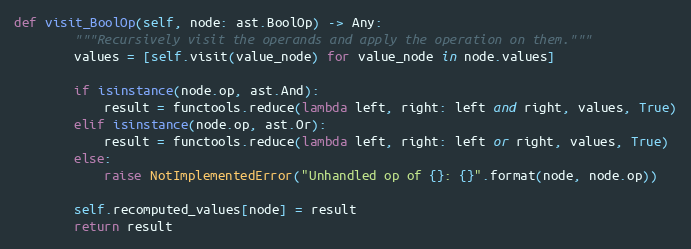
Language: Python
def visit_BoolOp(self, node: ast.BoolOp) -> Any:
        """Recursively visit the operands and apply the operation on them."""
        values = [self.visit(value_node) for value_node in node.values]

        if isinstance(node.op, ast.And):
            result = functools.reduce(lambda left, right: left and right, values, True)
        elif isinstance(node.op, ast.Or):
            result = functools.reduce(lambda left, right: left or right, values, True)
        else:
            raise NotImplementedError("Unhandled op of {}: {}".format(node, node.op))

        self.recomputed_values[node] = result
        return result